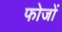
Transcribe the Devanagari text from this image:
फोजों